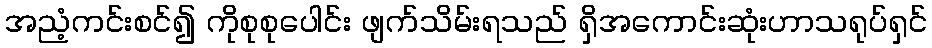
အညံ့ကင်းစင်၍ ကိုစုစုပေါင်း ဖျက်သိမ်းရသည် ရှိအကောင်းဆုံးဟာသရုပ်ရှင်